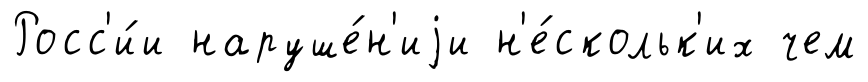
Росс'и́и наруше́н'иjи н'е́скольк'их чем